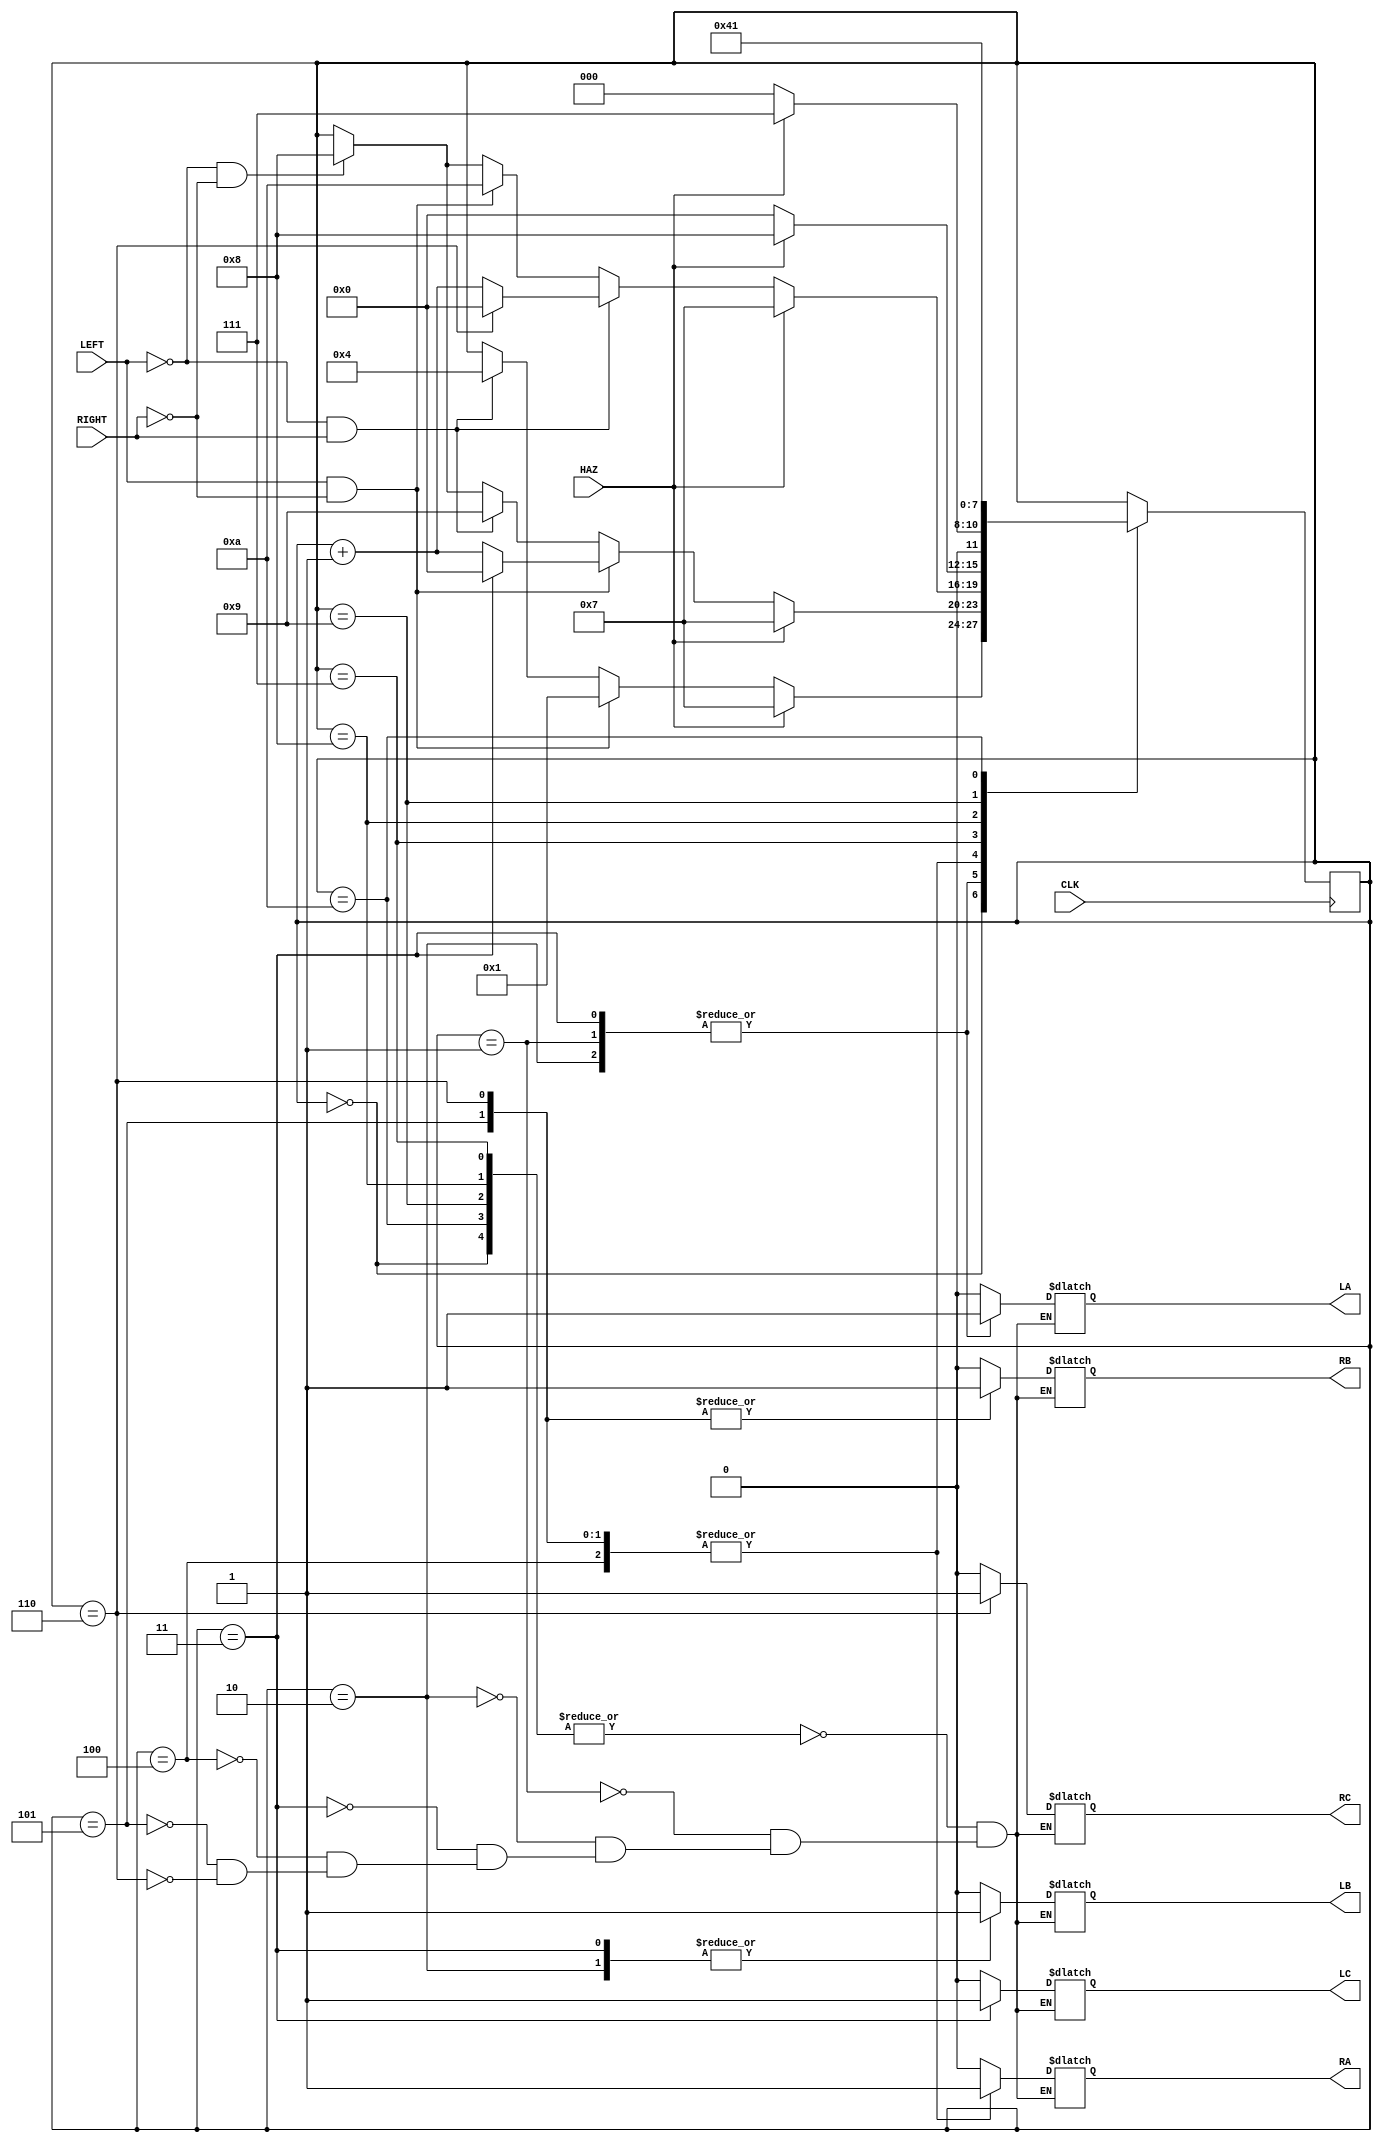
`timescale 1ns / 1ps
//////////////////////////////////////////////////////////////////////////////////
// Company: 
// Engineer: 
// 
// Design Name: 
// Module Name: HW2_Light_Controller
// Project Name: 
// Target Devices: 
// Tool Versions: 
// Description: 
// 
// Dependencies: 
// 
// Revision:
// Revision 0.01 - File Created
// Additional Comments:
// 
//////////////////////////////////////////////////////////////////////////////////


module HW2_Light_Controller(LEFT, RIGHT, HAZ, CLK, LA, LB, LC, RA, RB, RC);

input LEFT, RIGHT, HAZ, CLK;
output LA, LB, LC, RA, RB, RC;
reg LA, LB, LC, RA, RB, RC;

reg [3:0]State;

initial begin
    LA=1'b0; LB=1'b0; LC=1'b0; RA=1'b0; RB=1'b0; RC=1'b0; State=0;
end

// State
always @(posedge CLK) begin  
    case(State)
        0: begin
                if(HAZ) State <= 7;
                else begin
                    if(LEFT && ~RIGHT) State <= 1;
                    else if(~LEFT && RIGHT) State <= 4;
                end
           end
        1, 2, 3: begin
                if(HAZ) State <= 7;
                else begin
                    if(LEFT && ~RIGHT)
                    begin
                        if(State == 3) State <= 0;
                        else State <= State + 1;
                    end
                    else if(~LEFT && RIGHT) State <= 9;
                    else if(~LEFT && ~RIGHT) State <= 8;
                end
           end
        4, 5, 6: begin
                if(HAZ) State <= 7;
                else begin
                    if(~LEFT && RIGHT)
                    begin
                        if(State == 6) State <= 0;
                        else State <= State + 1;
                    end
                    else if(LEFT && ~RIGHT) State <= 10;
                    else if(~LEFT && ~RIGHT) State <= 8;
                end
           end
        7: begin if(HAZ) State <= 8; else State <= 0; end
        8: begin if(HAZ) State <= 7; else State <= 0; end
        9: State <= 4;
        10: State <= 1;
    endcase  
end

// output
always @(State) begin
    case(State)
        0, 7, 8, 9, 10: begin LA<=1'b0; LB<=1'b0; LC<=1'b0; RA<=1'b0; RB<=1'b0; RC<=1'b0; end
        1: begin LA<=1'b1; LB<=1'b0; LC<=1'b0; RA<=1'b0; RB<=1'b0; RC<=1'b0; end
        2: begin LA<=1'b1; LB<=1'b1; LC<=1'b0; RA<=1'b0; RB<=1'b0; RC<=1'b0; end
        3: begin LA<=1'b1; LB<=1'b1; LC<=1'b1; RA<=1'b0; RB<=1'b0; RC<=1'b0; end
        4: begin LA<=1'b0; LB<=1'b0; LC<=1'b0; RA<=1'b1; RB<=1'b0; RC<=1'b0; end
        5: begin LA<=1'b0; LB<=1'b0; LC<=1'b0; RA<=1'b1; RB<=1'b1; RC<=1'b0; end
        6: begin LA<=1'b0; LB<=1'b0; LC<=1'b0; RA<=1'b1; RB<=1'b1; RC<=1'b1; end
    endcase
end

endmodule